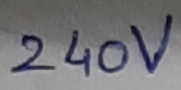
Text: 240V